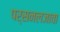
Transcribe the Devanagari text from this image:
पर्सनलजावा